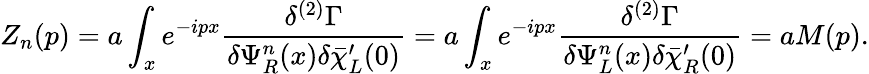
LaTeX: Z_{n}(p)=a\int_{x}e^{-ipx}{\frac{\delta^{(2)}\Gamma}{\delta\Psi_{R}^{n}(x)\delta\bar{\chi}_{L}^{\prime}(0)}}=a\int_{x}e^{-ipx}{\frac{\delta^{(2)}\Gamma}{\delta\Psi_{L}^{n}(x)\delta\bar{\chi}_{R}^{\prime}(0)}}=aM(p).